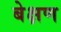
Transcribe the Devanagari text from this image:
बेक्षण